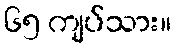
၆၅ ကျပ်သား။